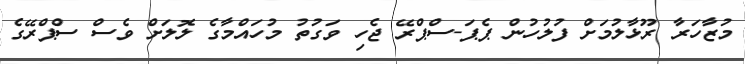
މުޒާހަރާ ރޫޅާލުމަށް ފުލުހުން ޕެޕަ-ސްޕްރޭ ޖެހި ވަގުތު މުހައްމާގެ ލޮލަށް ވެސް ސްޕްރޭގެ